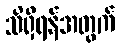
သိရှိရန်အတွက်